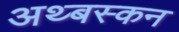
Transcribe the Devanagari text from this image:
अथ्बस्कन